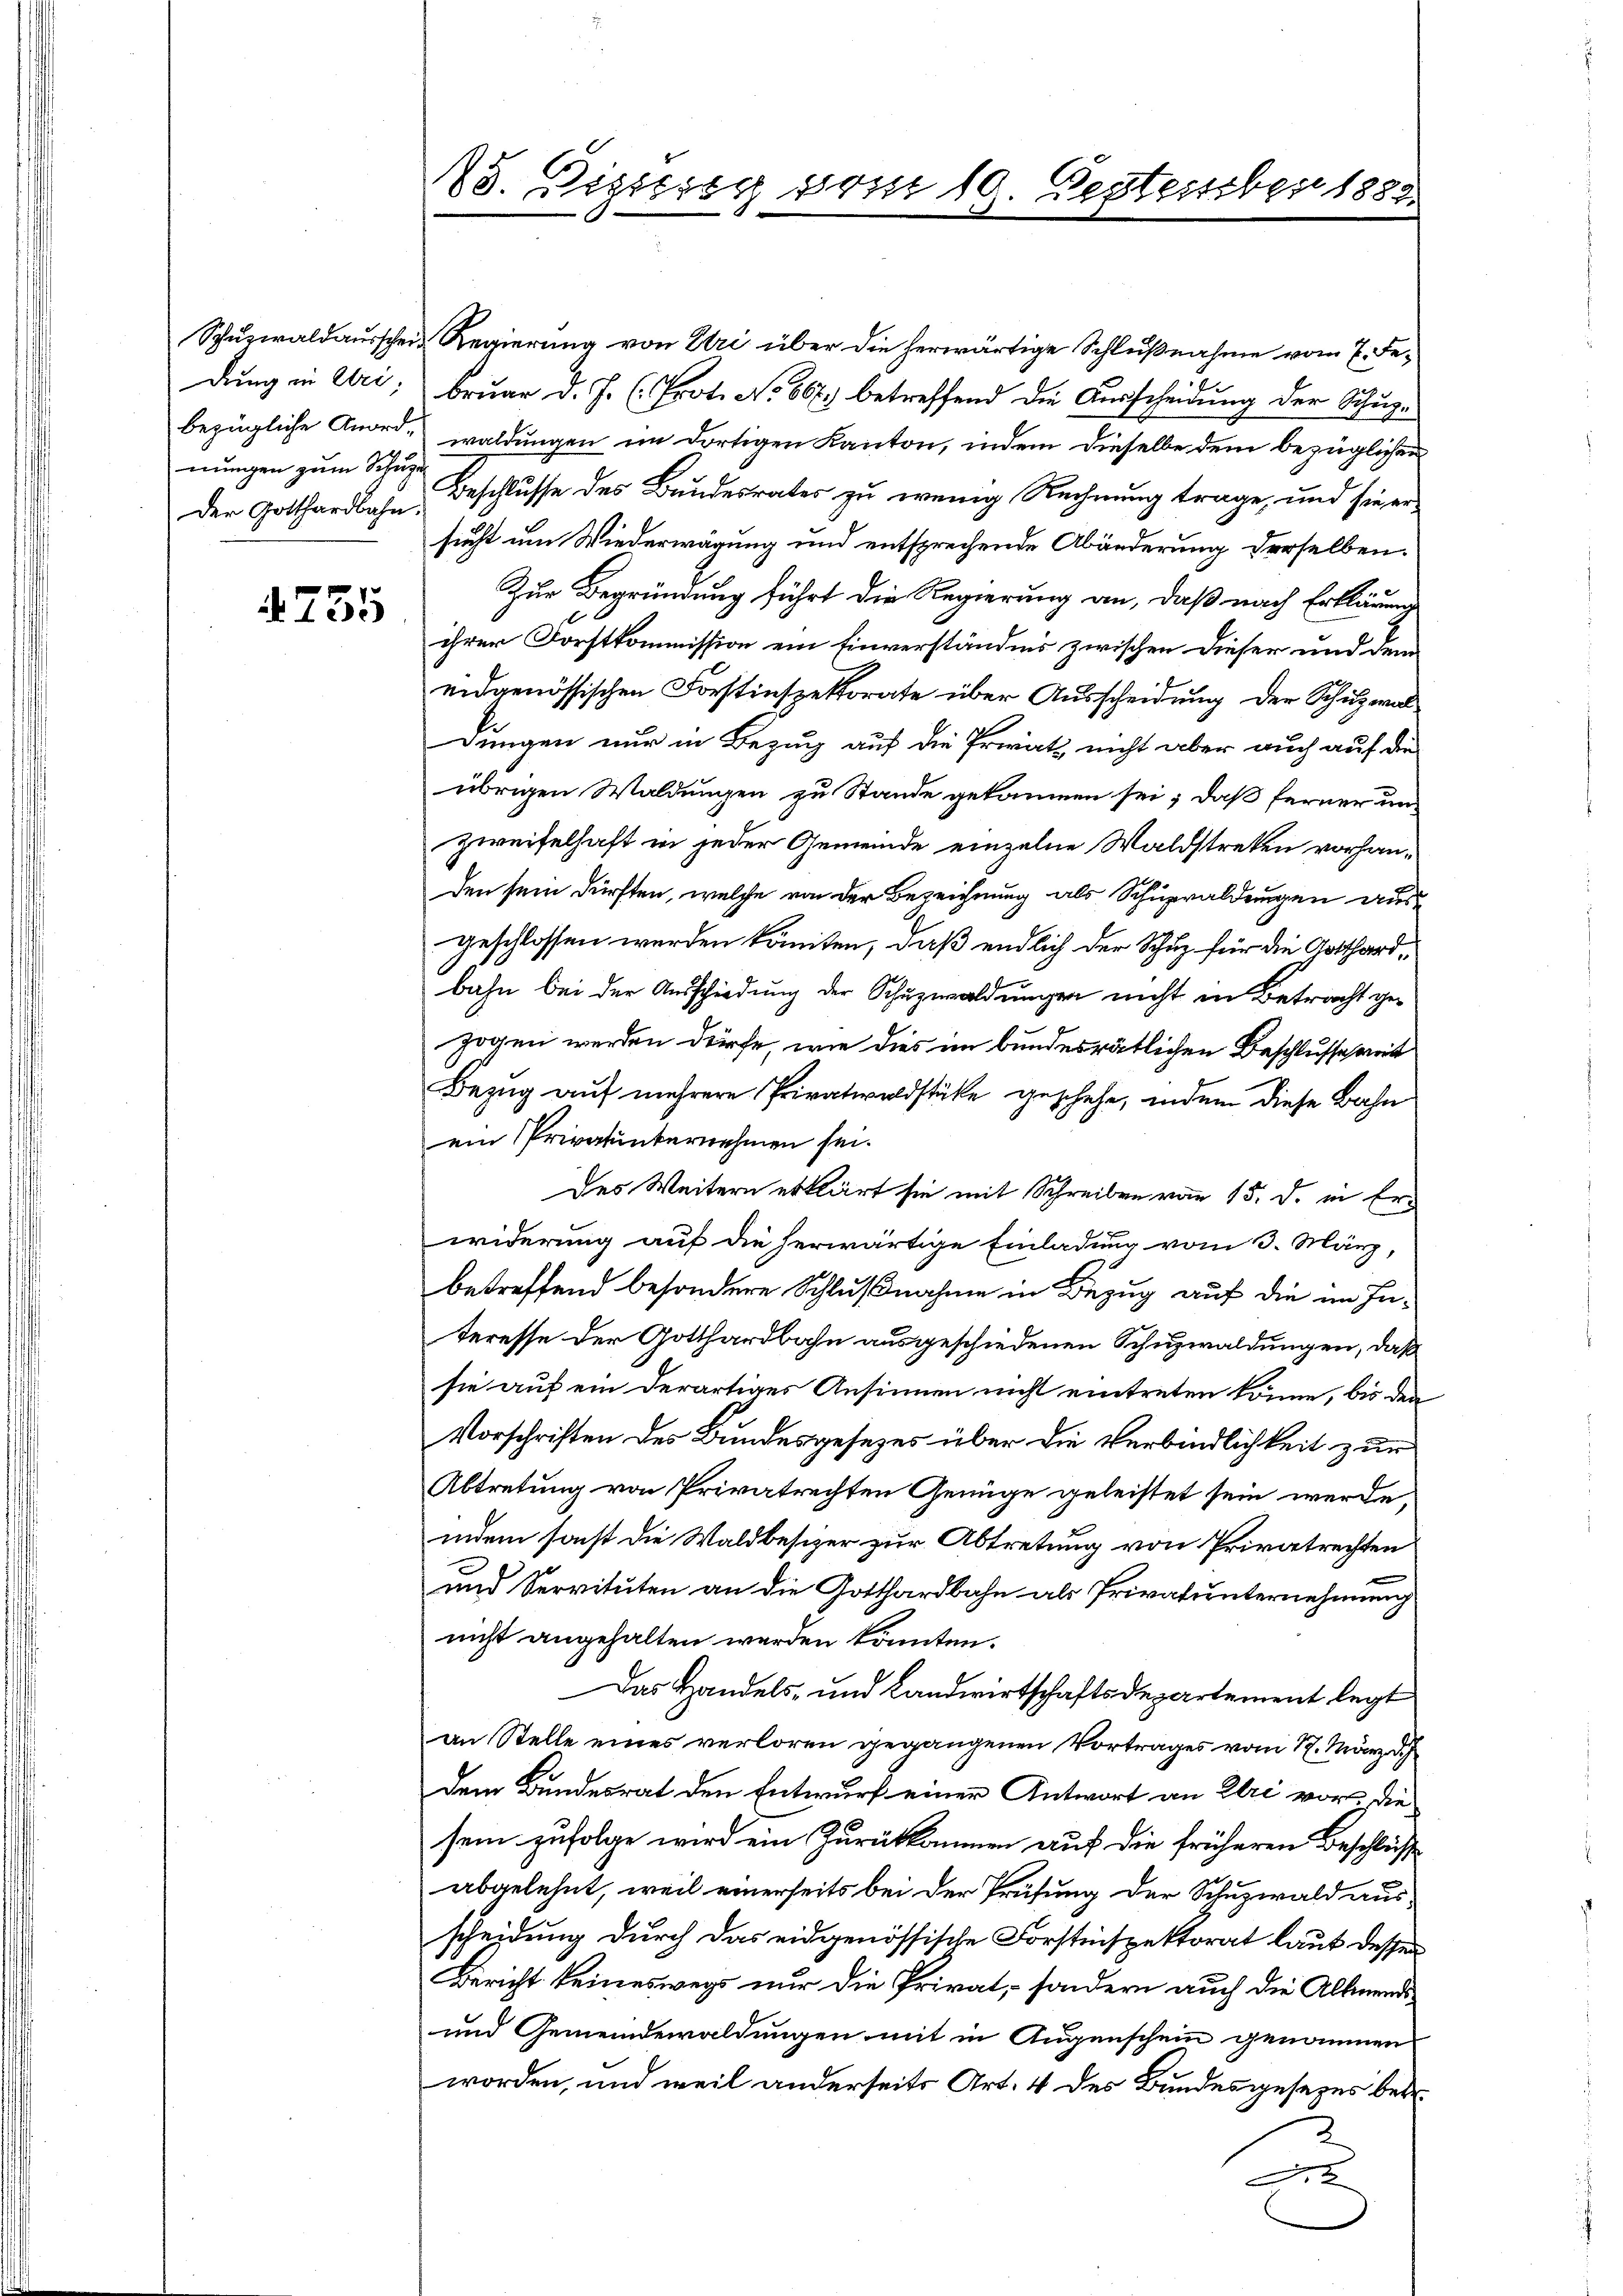
Schŭzwaldausscheidung in Uri,
bezügliche Anordmungen zum Schup¬
Der Gotthardbahn.

755

88. Bezieren vom 19. September 1885

Regierung von Eri über die herwärtige Schlußnahme vom 7. Februar d. J. (: Prot. No 66) betreffend die Ausscheidung der Schupwaldungen im dortigen Kanton, indem dieselbe dem bezüglichen
Beschlusse des Bundesrates zu wenig Rechnung trage, und sie ersucht um Wiederwägung und entsprechende Abänderung derselben.
Zur Begründung führt die Regierung an, daß nach Erklärung
ihrer Forstkommission ein Einverständnis zwischen dieser und dem
eidgenössischen Forstinspektorate über Ausscheidung der Schuzwaldungen nur in Bezug auf die Privats nicht aber auch auf die
übrigen Waldungen zu Stande gekommen sei; daß ferner un¬
Zweifelhaft in jeder Gemeinde einzelne Waldstreken vorhanden sein dürften, welche von der Bezeichnung als Schuzwaldungen ausgeschlossen werden könnten, daß endlich der Schuz für die Gotthardbahn bei der Ausschiedung der Schuzwaldungen nicht in Betracht gezogen werden dürfe, wie dies im bundesrätlichen Beschlusse weit
Bezug auf mehrere Privatwaldstücke geschehe, indem diese Bahn
ein Privatunternehmen sei.
des Weitern erklärt sie mit Schreiben von 15. d. in Er¬

widerung auf die herwärtige Einladung vom 3. März,
betreffend besondere Schlußnahme in Bezug auf die im Interesse der Gotthardbahn ausgeschiedenen Schuzwaldungen, daß
sie auf ein derartiges Ansinnen nicht eintreten könne, bis den
Vorschriften des Bundesgesezes über die Verbindlichkeit zur
Abtretung von Privatrechten Genüge geleistet sein werde,
indem sonst die Waldbesizer zur Abtretung von Privatrechten
und Servituten an die Gotthardbahn als Privatunternehmung
nicht angehalten werden könnten.
Das Handels- und Landwirtschaftsdepartement legt
an Stelle eines verloren gegangenen Vortrages vom 17. März d.
dem Bundesrat den Entwurf einer Antwort an Uri vor die
sein zufolge wird ein Zurückkommen auf die früheren Beschlüsse
abgelehnt, weil einerseits bei der Prüfung der Schuzwald ausscheidung durch das eidgenössische Forstinspektorat laut dessen
Bericht keineswegs nur die Privat, – sondern auch die Allmendi¬
und Gemeindewaldungen mit in Augenschein genommen
worden, und weil anderseits Art. 4 des Bundesgesezes betr.
n